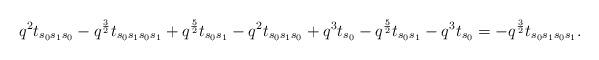
LaTeX: \begin{align*}q^2t_{s_0s_1s_0}-q^{\frac{3}{2}}t_{s_0s_1s_0s_1}+q^{\frac{5}{2}}t_{s_0s_1}-q^2t_{s_0s_1s_0}+q^3t_{s_0}-q^\frac{5}{2}t_{s_0s_1}-q^3t_{s_0}=-q^{\frac{3}{2}}t_{s_0s_1s_0s_1}.\end{align*}